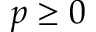
p \geq 0